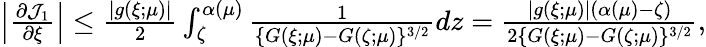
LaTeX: \begin{array}{r}{\left|\frac{\partial{\mathcal J}_{1}}{\partial\xi}\right|\leq\frac{|g(\xi;\mu)|}{2}\int_{\zeta}^{\alpha(\mu)}\frac{1}{\{ G(\xi;\mu)-G(\zeta;\mu)\} ^{3/2}}dz=\frac{|g(\xi;\mu)|(\alpha(\mu)-\zeta)}{2\{ G(\xi;\mu)-G(\zeta;\mu)\} ^{3/2}},}\end{array}